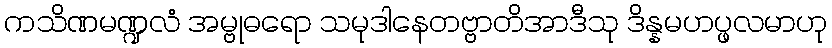
ကသိဏမဏ္ဍလံ အမ္ဗုဓရော သမုဒါနေတဗ္ဗာတိအာဒီသု ဒိန္နမဟပ္ဖလမာဟု